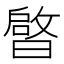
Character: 𭨠